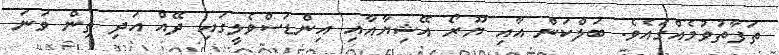
ތަފާތުވުމެއްގައެވެ. ބަލްކަން އާއި ޔޫރޯ އޭޝިޔާއާއި އިންޑަސްވެލީގައި ދޭއް އަދި ތިން ވަނަ